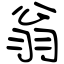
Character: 翁